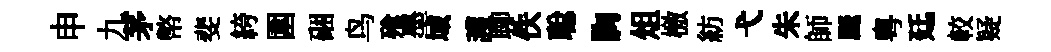
申九茅幣斐絝圍硱鸟飱墨域護聊佚聪胸俎檄紡弋朱師颷粤廷較疑